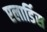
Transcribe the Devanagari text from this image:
एलार्डिस